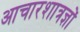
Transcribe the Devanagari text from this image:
आचारशात्रज्ञों